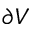
\partial V